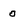
Character: O